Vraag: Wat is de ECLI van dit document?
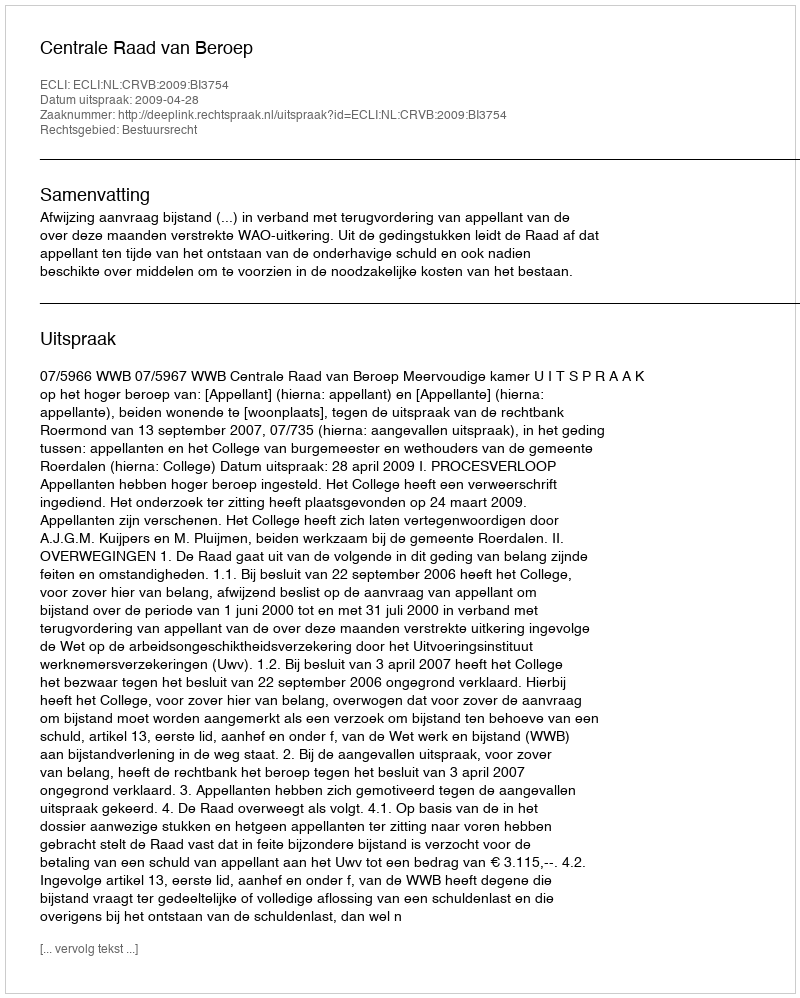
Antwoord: ECLI:NL:CRVB:2009:BI3754